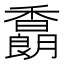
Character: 𩡜